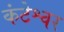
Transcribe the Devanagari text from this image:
कंटेश्वर